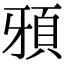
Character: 䪵